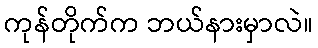
ကုန်တိုက်က ဘယ်နားမှာလဲ။